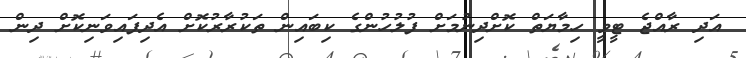
އަދި ރާއްޖެ ޓީވީ ހިމާޔަތް ކޮށްދިނުމަށް ފުލުހުންގެ ކިބައިން ތަކުރާރުކޮށް އެދިފައިވަނިކޮށް ދިން